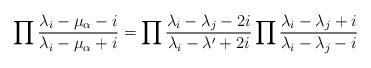
LaTeX: \begin{align*}\prod{\lambda_i-\mu_\alpha-i\over \lambda_i-\mu_\alpha+i}=\prod {\lambda_i-\lambda_j-2i\over\lambda_i-\lambda'+2i}\prod{\lambda_i-\lambda_j+i\over\lambda_i-\lambda_j-i}\end{align*}